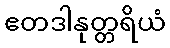
ဧတဒါနုတ္တရိယံ